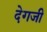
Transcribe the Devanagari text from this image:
देगजी